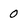
Character: 0